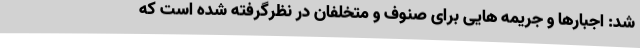
شد: اجبارها و جریمه هایی برای صنوف و متخلفان در نظرگرفته شده است که